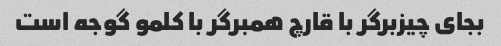
بجای چیزبرگر با قارچ همبرگر با کلمو گوجه است